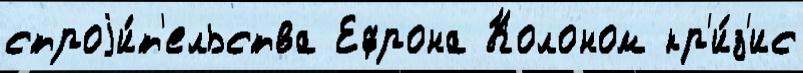
строjи́т'ельства Ефрона Колоном кр'и́з'ис